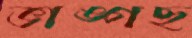
ভাঙ্গছ